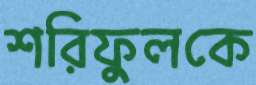
শরিফুলকে